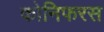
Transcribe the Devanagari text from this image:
कोनिफरस